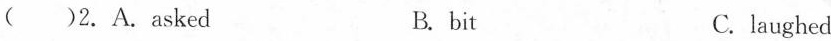
( )2.A. asked B. bit C. laughed